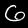
Label: 6